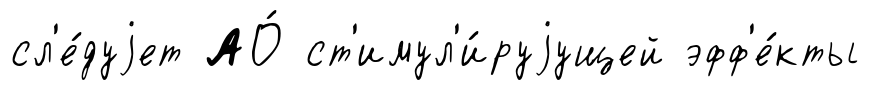
сл'е́дуjет АО́ ст'имул'и́руjущей эфф'е́кты